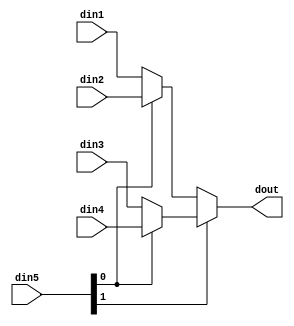
module sp_mux_4to1_sel2_4_1 #(
parameter
    ID                = 0,
    NUM_STAGE         = 1,
    din1_WIDTH       = 32,
    din2_WIDTH       = 32,
    din3_WIDTH       = 32,
    din4_WIDTH       = 32,
    din5_WIDTH         = 32,
    dout_WIDTH            = 32
)(
    input  [3 : 0]     din1,
    input  [3 : 0]     din2,
    input  [3 : 0]     din3,
    input  [3 : 0]     din4,
    input  [1 : 0]    din5,
    output [3 : 0]   dout);

// puts internal signals
wire [1 : 0]     sel;
// level 1 signals
wire [3 : 0]         mux_1_0;
wire [3 : 0]         mux_1_1;
// level 2 signals
wire [3 : 0]         mux_2_0;

assign sel = din5;

// Generate level 1 logic
assign mux_1_0 = (sel[0] == 0)? din1 : din2;
assign mux_1_1 = (sel[0] == 0)? din3 : din4;

// Generate level 2 logic
assign mux_2_0 = (sel[1] == 0)? mux_1_0 : mux_1_1;

// output logic
assign dout = mux_2_0;

endmodule